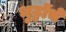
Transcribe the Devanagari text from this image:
भुट्टोंचे